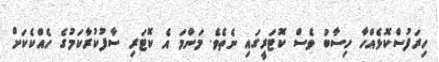
ހިރަފުސްކޮޅެއްހާ ހިސާބު ވެސް ކޮޓަރީގައި ނެތެވެ. މަންމަ އެ ކޮޓަރި ސާފުކުރާކަމުގެ ހެއްކެކަށް